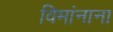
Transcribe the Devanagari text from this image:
विमांनाना